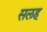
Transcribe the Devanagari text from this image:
सलह